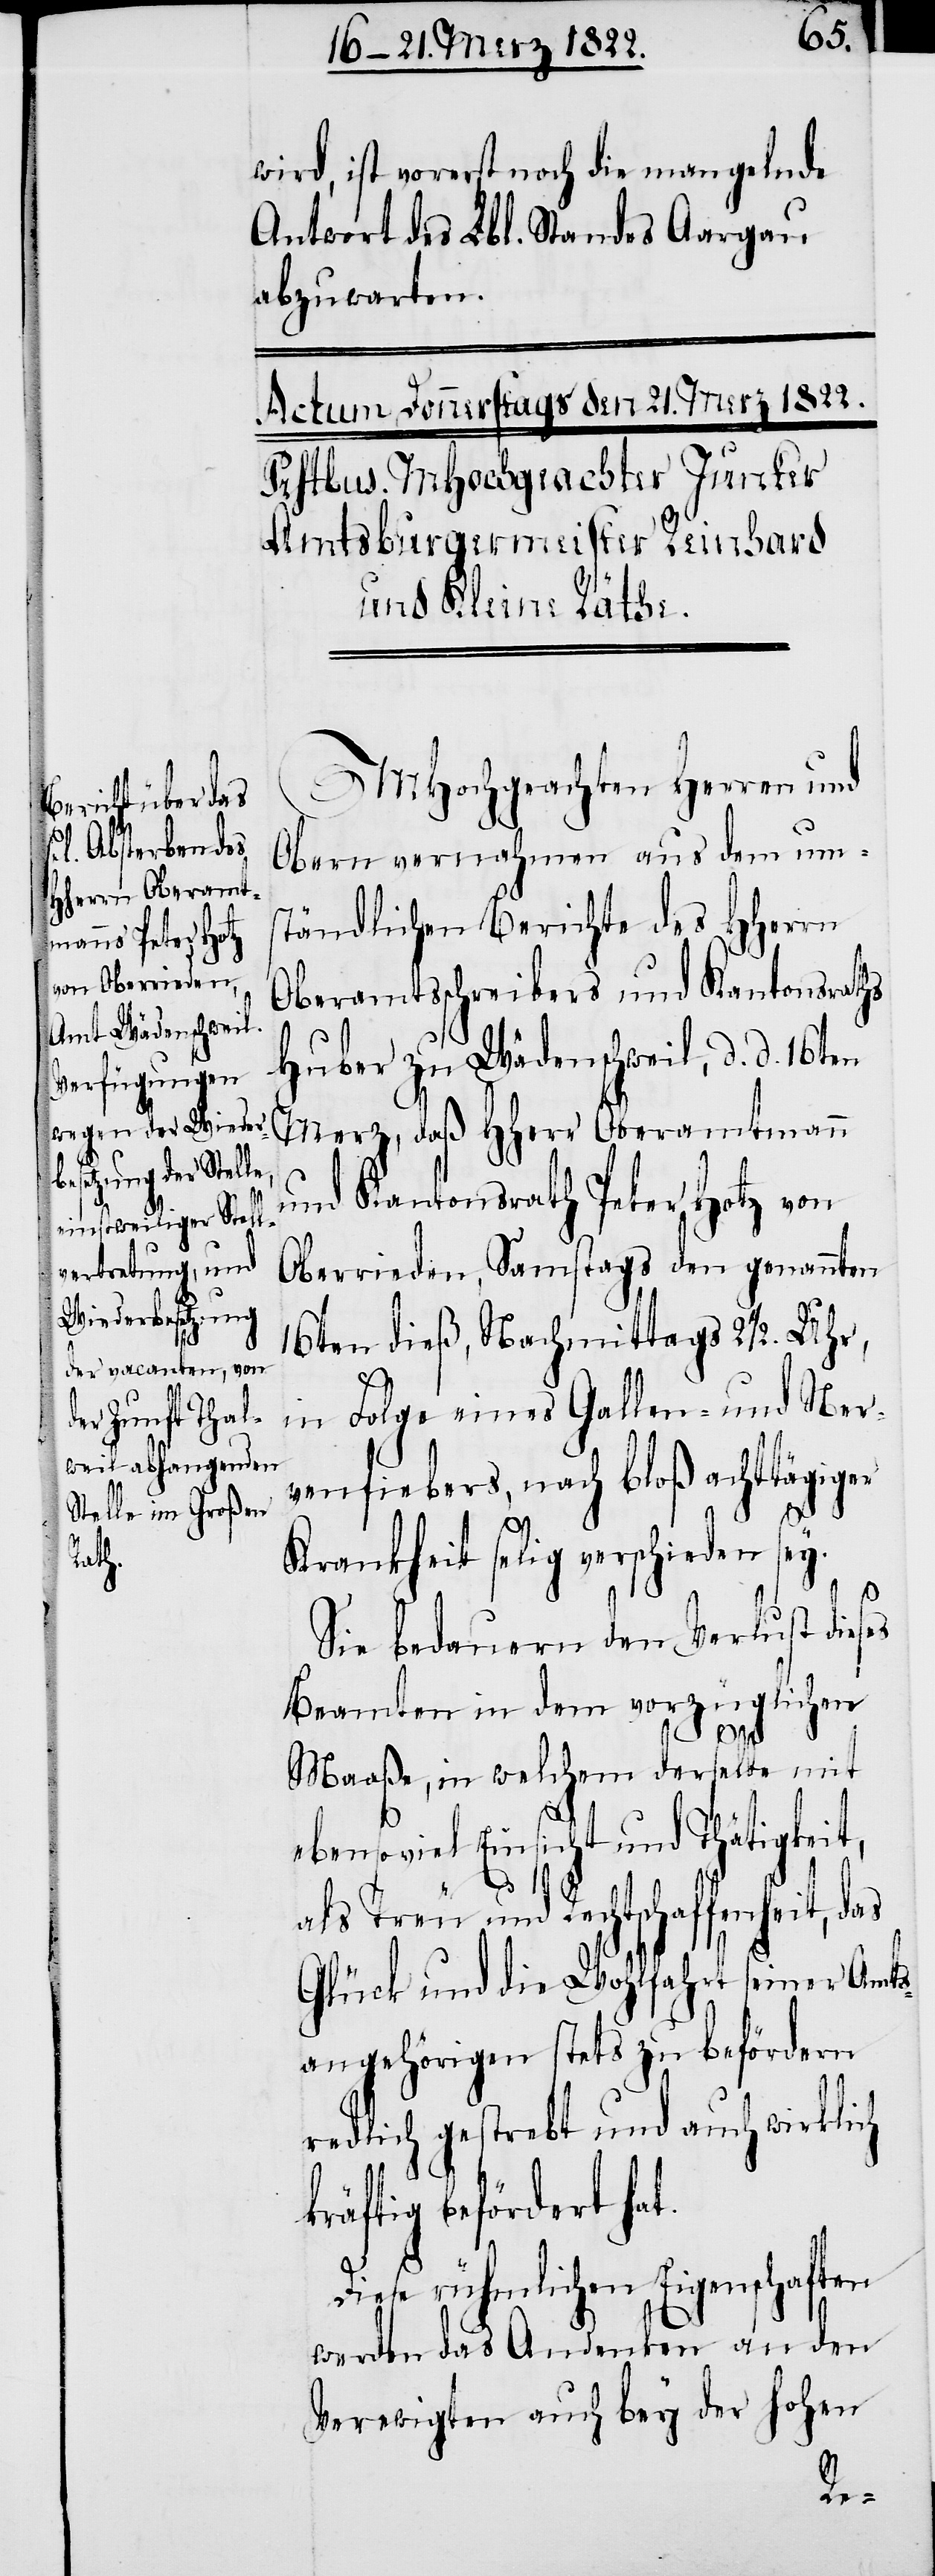
wird, ist vorerst noch die mangelnde
Antwort des Lbl. Standes Aargau
abzuwarten.
MHochgeachten Herrn und
Obern vernehmen aus dem um¬
ständlichen Berichte des HHerrn
Oberamtsschreibers und Kantonsraths
Huber zu Wädenschweil, d. d. 16ten
Merz, daß HHerr Oberamtmann
und Kantonsrath Peter Hotz von
Oberrieden, Samstags den genannten
16ten dieß, Nachmittags 2 1/2. Uhr,
in Folge eines Gallen- und Ner¬
venfiebers, nach bloßer achttägiger
eses
Krankheit selig verschieden sey.
Sie bedauern den Verlust di¬
Beamten in dem vorzüglichen
Maaße, in welchem derselbe mit
ebensoviel Einsicht und Thätigkeit,
das
als Treu und Rechtschaffenheit,
Glück und die Wohlfahrt seiner Amts¬
angehörigen stets zu befördern
redlich gestrebt und auch wirklich
kräftig befördert ha¬
t.
Diese rühmlichen Eigenschaften
werden das Andenken an den
Verewigten auch bey der hohen